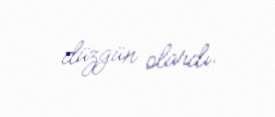
düzgün olardı.